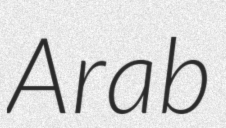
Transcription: Arab